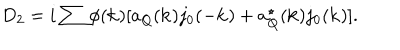
LaTeX: D _ { 2 } = i \sum { } \phi ( { \bf k } ) [ a _ { Q } ( { \bf k } ) j _ { 0 } ( - { \bf k } ) + a _ { Q } ^ { \star } ( { \bf k } ) j _ { 0 } ( { \bf k } ) ] .